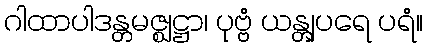
ဂါထာပါဒန္တမဇ္ဈဋ္ဌာ၊ ပုဗ္ဗံ ယန္တျပရေ ပရံ။